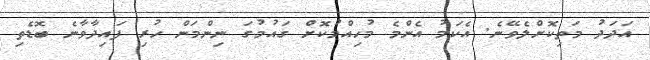
އަދަދު މަތިކޮށްލެވޭނެ. އެކަމު އެންމެ މުހިއްމުކޮށް ގައުމުގަ ނިންމަން ހުރި ފައިދާވާނެ ބޮޑެތި